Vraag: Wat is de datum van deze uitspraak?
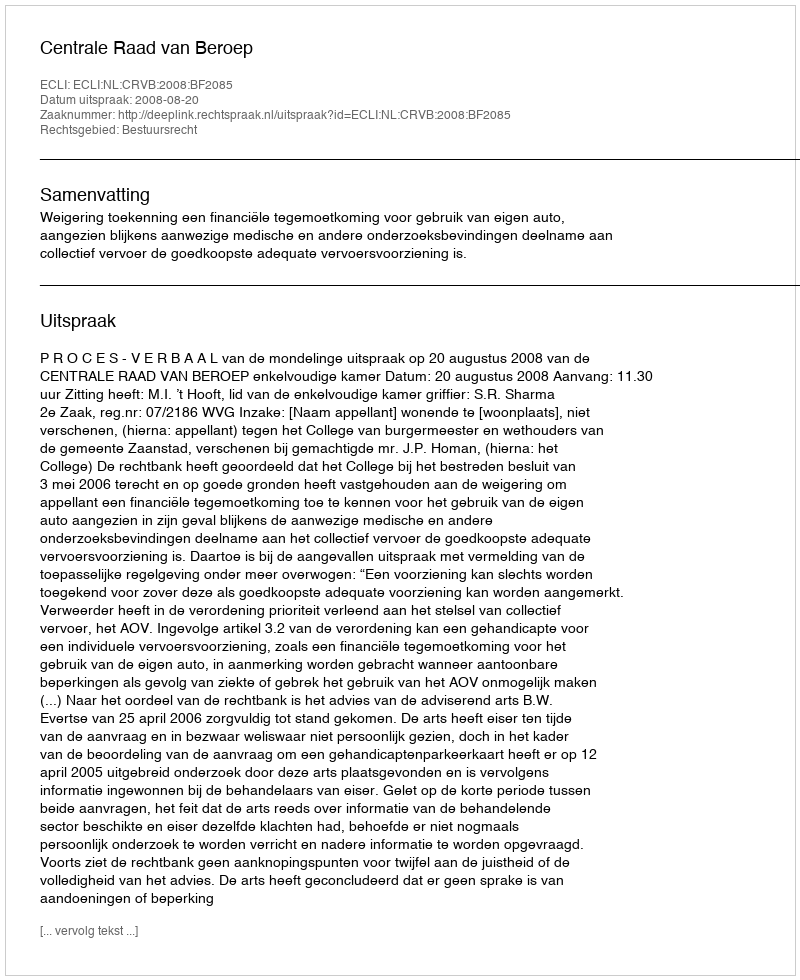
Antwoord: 2008-08-20